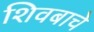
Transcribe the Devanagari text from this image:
शिवबाचे